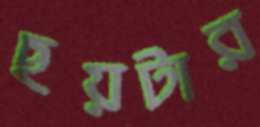
ছয়টার